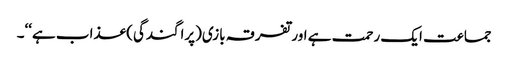
جماعت ایک رحمت ہے اور تفرقہ بازی(پراگندگی) عذاب ہے‘‘۔